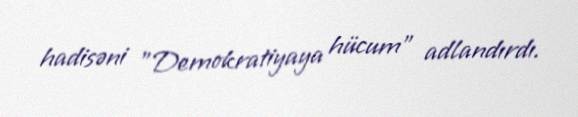
hadisəni "Demokratiyaya hücum" adlandırdı.